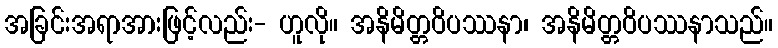
အခြင်းအရာအားဖြင့်လည်း- ဟူလို။ အနိမိတ္တဝိပဿနာ၊ အနိမိတ္တဝိပဿနာသည်။